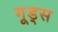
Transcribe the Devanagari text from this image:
गूड्स